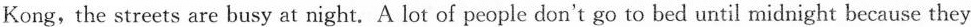
Kong,the streets are busy at night. A lot of people don{\prime} t go to bed until midnight because they